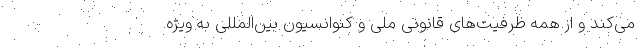
می‌کند و از همه ظرفیت‌های قانونی ملی و کنوانسیون بین‌المللی به ویژه